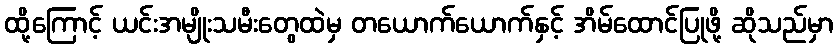
ထို့ကြောင့် ယင်းအမျိုးသမီးတွေထဲမှ တယောက်ယောက်နှင့် အိမ်ထောင်ပြုဖို့ ဆိုသည်မှာ